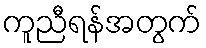
ကူညီရန်အတွက်